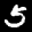
Label: 5